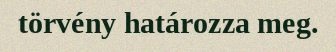
törvény határozza meg.